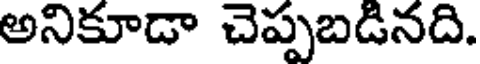
అనికూడా చెప్పబడినది.